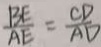
\frac { B E } { A E } = \frac { C D } { A D }